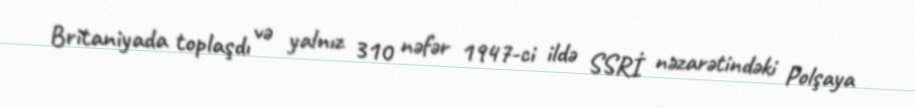
Britaniyada toplaşdı və yalnız 310 nəfər 1947-ci ildə SSRİ nəzarətindəki Polşaya